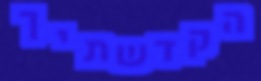
הקדשתיך